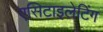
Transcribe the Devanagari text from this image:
एसिटाइलेटिंग